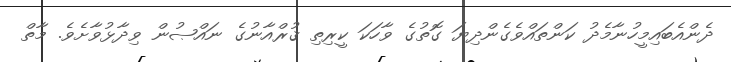
ދެންއެބައިމީހުނާމެދު ކަންތައްވެގެންދިޔަ ގޮތުގެ ވާހަކަ ކީރިތި ޤުރްއާނުގެ ނައްޞުން ވިދާޅުވާށެވެ. މާތް